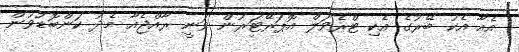
އެއާ އެކު ބޭރުގެ އެކި ޓްރެވަލް އޮޕަރޭޓަރުން ވަނީ ރާއްޖެއާ މެދު ކަންބޮޑުވުން